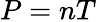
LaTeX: P=nT